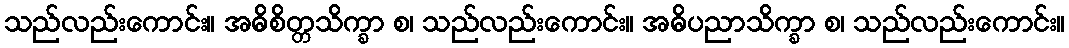
သည်လည်းကောင်း။ အဓိစိတ္တသိက္ခာ စ၊ သည်လည်းကောင်း။ အဓိပညာသိက္ခာ စ၊ သည်လည်းကောင်း။